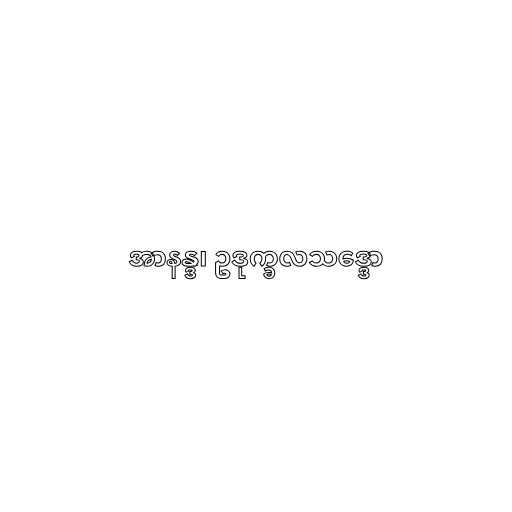
အာနန္ဒ၊ ဥဒုက္ခလသဒ္ဒော